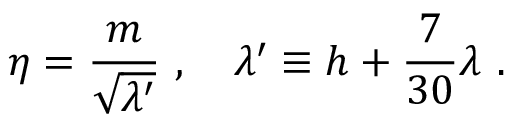
\eta = { \frac { m } { \sqrt { \lambda ^ { \prime } } } } \ , \ \ \ \lambda ^ { \prime } \equiv h + { \frac { 7 } { 3 0 } } \lambda \ .